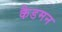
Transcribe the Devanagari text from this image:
कैडमन